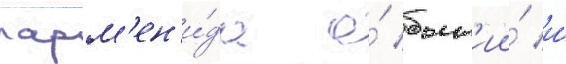
парм'ен'и́да о́ быт'ии́ и́